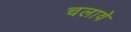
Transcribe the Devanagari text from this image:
चलावे